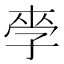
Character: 𱙼